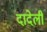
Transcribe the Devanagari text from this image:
दादेली